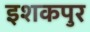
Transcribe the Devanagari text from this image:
इशकपुर